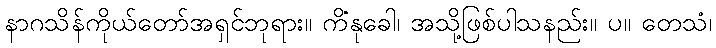
နာဂသိန်ကိုယ်တော်အရှင်ဘုရား။ ကိံနုခေါ၊ အသို့ဖြစ်ပါသနည်း။ ပ။ တေသံ၊